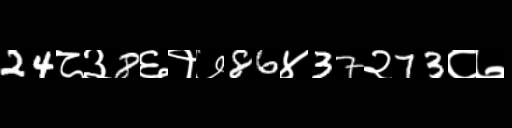
Text: 24८३8६१७86४37२73८७